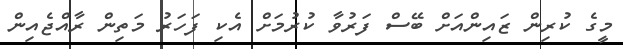
މީގެ ކުރިން ޒައިންއަށް ބޭސް ފަރުވާ ކުރުމަށް އެކި ފަހަރު މަތިން ރާއްޖެއިން